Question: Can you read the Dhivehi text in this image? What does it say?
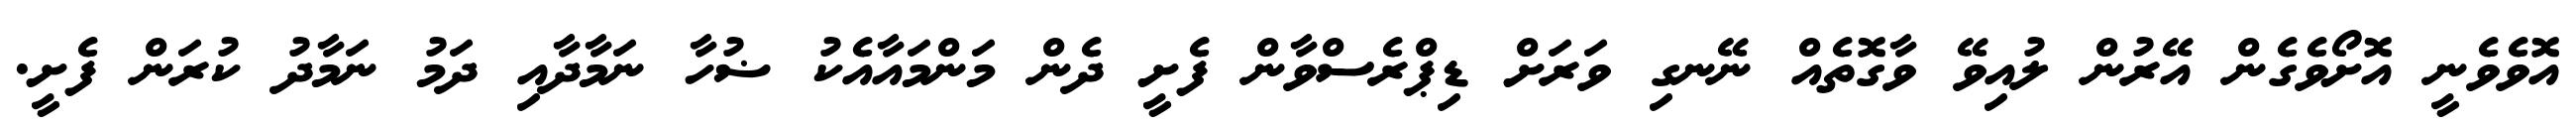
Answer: އޮވެވެނީ އޮށޯވެގެން އޭރުން ލުއިވޭ ވާގޮތެއް ނޭނގި ވަރަށް ޑިޕްރެސްވާން ފެށީ ދެން މަންމައާއެކު ޟުހާ ނަމާދާއި ދަމު ނަމާދު ކުރަން ފެށީ.